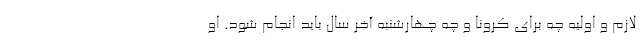
لازم و اولیه چه برای کرونا و چه چهارشنبه آخر سال باید انجام شود. او